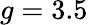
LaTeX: g=3.5